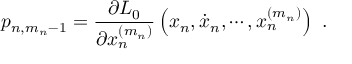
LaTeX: p _ { n , m _ { n } - 1 } = \frac { \partial L _ { 0 } } { \partial x _ { n } ^ { ( m _ { n } ) } } \left( x _ { n } , \dot { x } _ { n } , \cdots , x _ { n } ^ { ( m _ { n } ) } \right) \ .